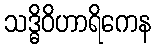
သဒ္ဓိဝိဟာရိကေန